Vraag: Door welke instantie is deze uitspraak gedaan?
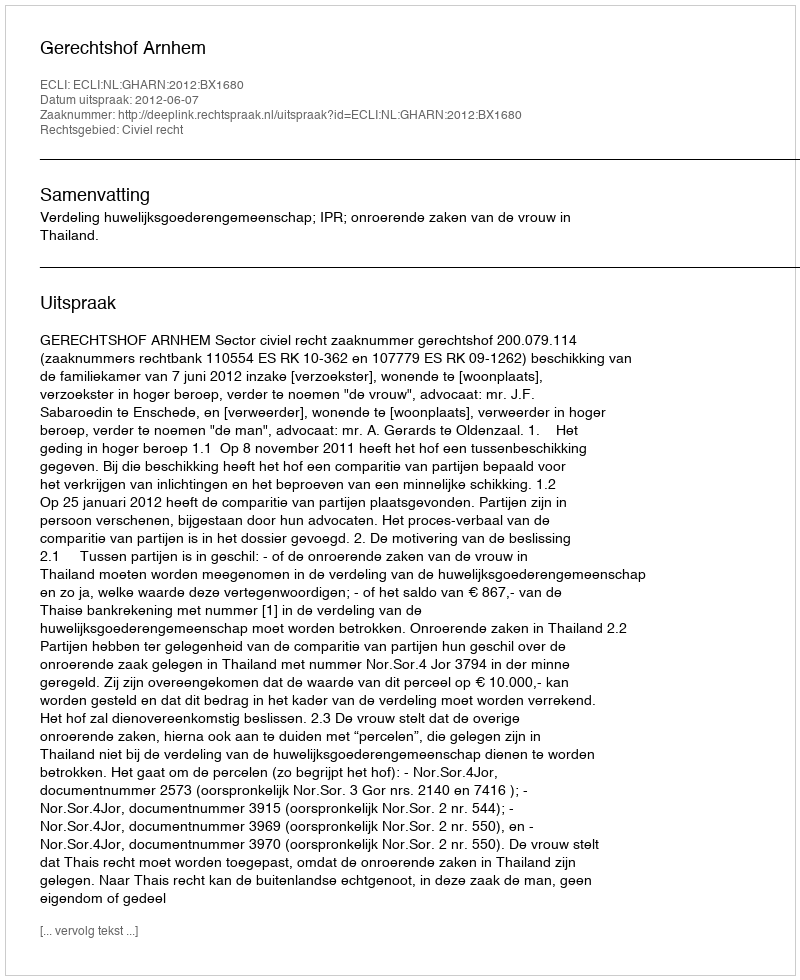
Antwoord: Gerechtshof Arnhem